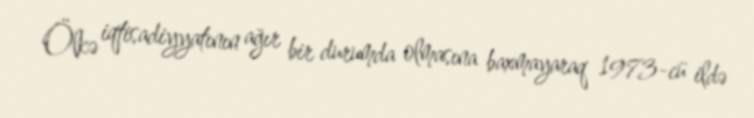
Ölkə iqtisadiyyatının ağır bir durumda olmasına baxmayaraq 1973-cü ildə